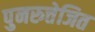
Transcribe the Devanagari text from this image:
पुनरुत्तेजित